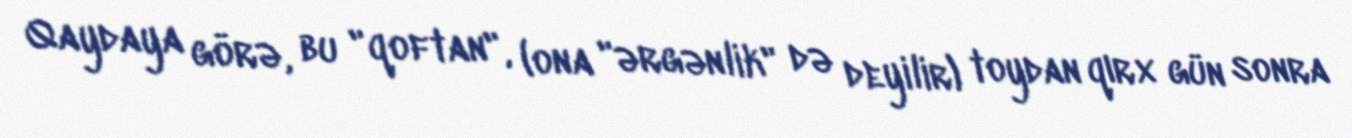
Qaydaya görə, bu "qoftan", (ona "ərgənlik" də deyilir) toydan qırx gün sonra